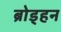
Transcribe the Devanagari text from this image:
ब्रोड्हन